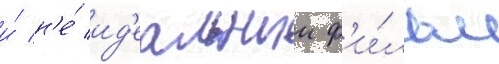
и́ н'е́ ид'еальныи ф'и́льм